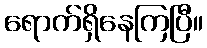
ရောက်ရှိနေကြပြီ။